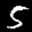
Label: 5